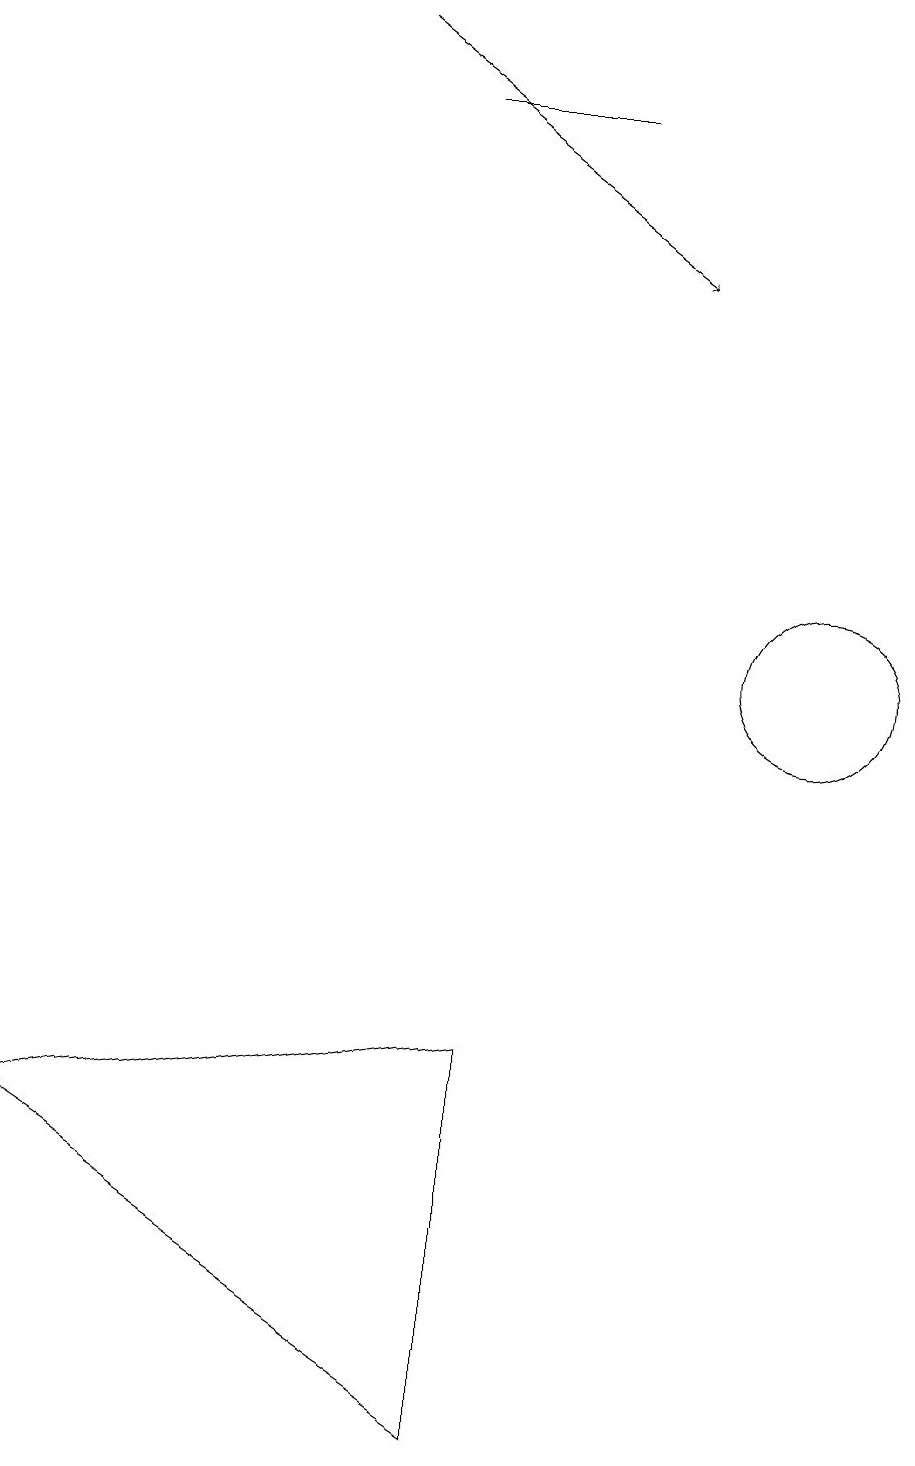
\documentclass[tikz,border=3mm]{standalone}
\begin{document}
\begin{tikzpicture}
\draw[->] (4,18) -- (8,15);
\draw (10,10) circle (1);
\draw (7,17) rectangle (5,17);
\draw (6,5) -- (0,4) -- (6,0) -- cycle;
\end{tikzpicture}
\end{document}